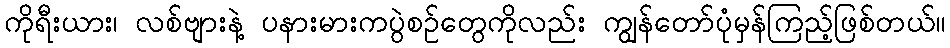
ကိုရီးယား၊ လစ်ဗျားနဲ့ ပနားမားကပွဲစဉ်တွေကိုလည်း ကျွန်တော်ပုံမှန်ကြည့်ဖြစ်တယ်။